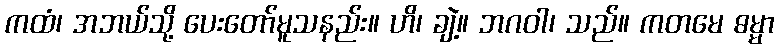
ကထံ၊ အဘယ်သို့ ပေးတော်မူသနည်း။ ဟိ၊ ချဲ့။ ဘဂဝါ၊ သည်။ ကတမေ ဓမ္မာ